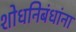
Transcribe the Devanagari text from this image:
शोधनिबंधांना